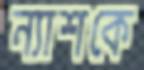
ন্যাশকে